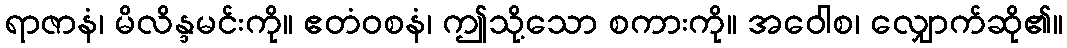
ရာဇာနံ၊ မိလိန္ဒမင်းကို။ ဧတံဝစနံ၊ ဤသို့သော စကားကို။ အဝေါစ၊ လျှောက်ဆို၏။